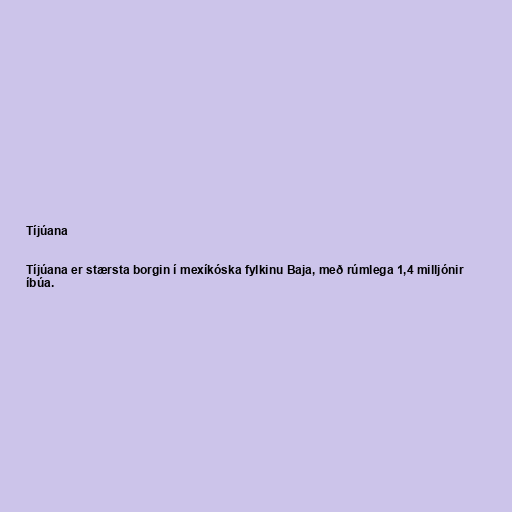
Tíjúana

Tíjúana er stærsta borgin í mexíkóska fylkinu Baja, með rúmlega 1,4 milljónir
íbúa.